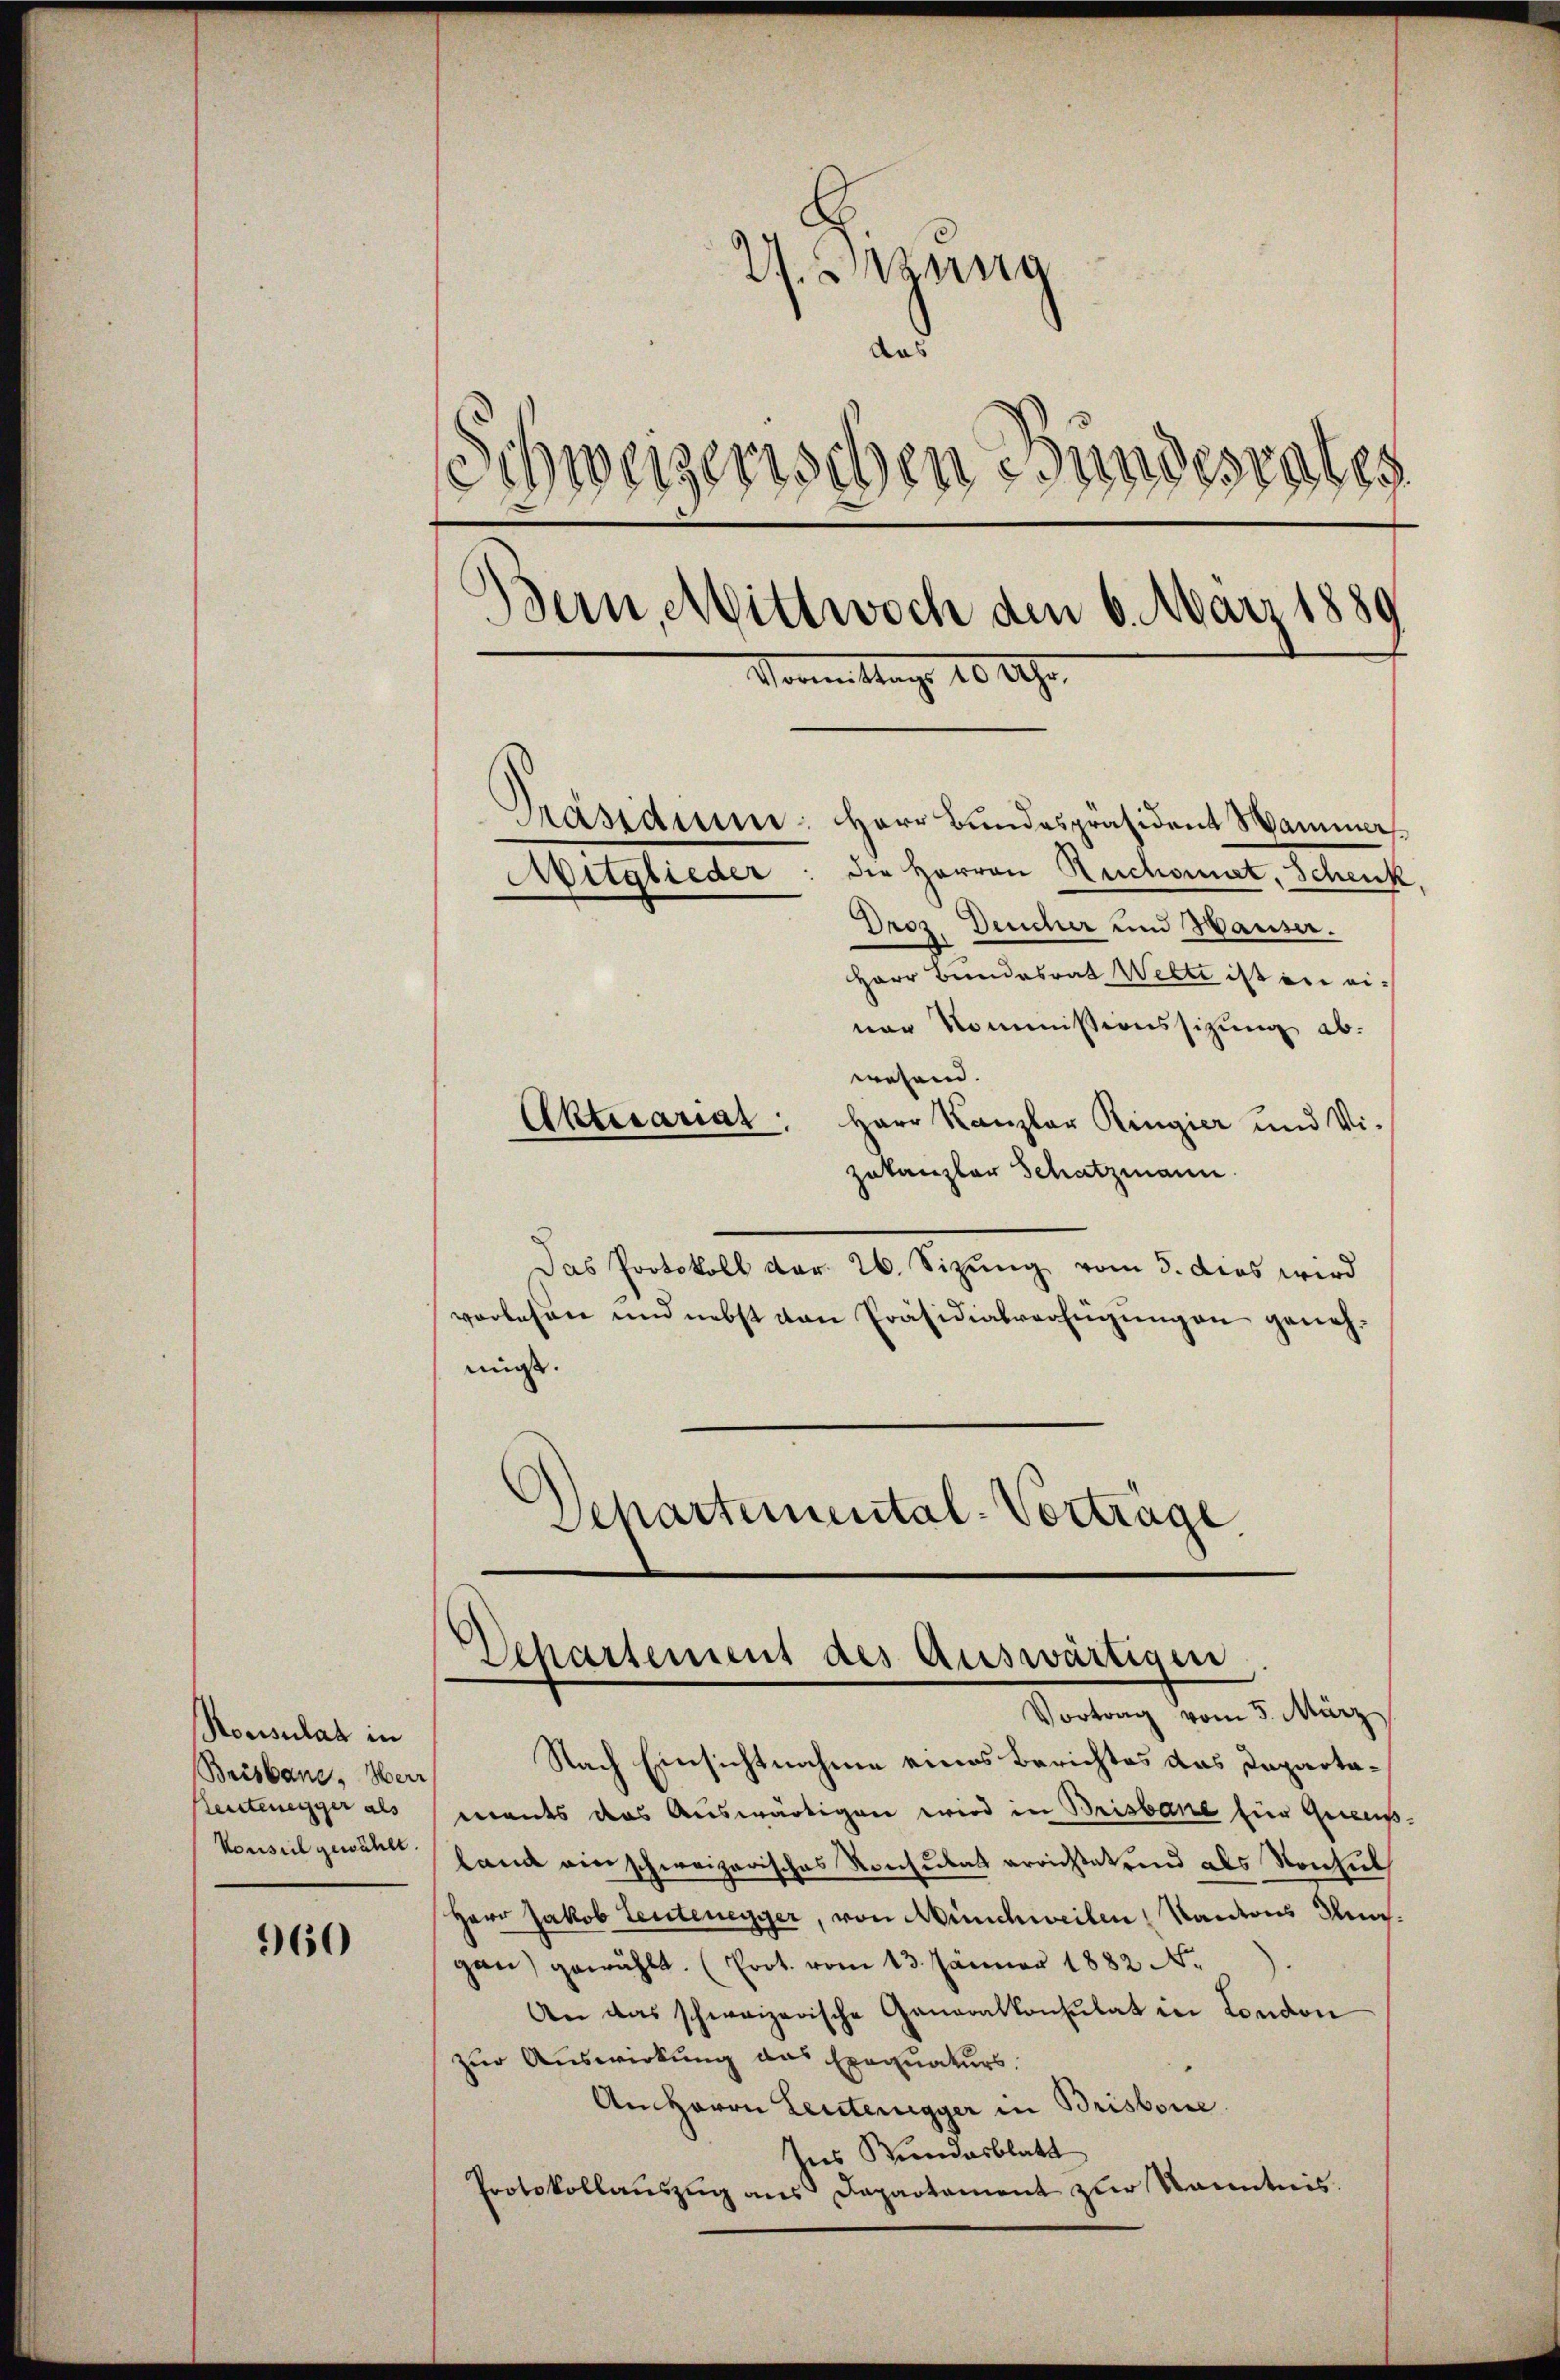
Konsulat in
Beisbaue, Herr
Reutenegger als
Konseil gewählt.

960

V.Stzung
ad
Schweizerischen Bundesrates
Bern Mittwoch den 6. März 1880
Sonnen Mange 10 Uhr.
Präsidium: Herr Bundespräsident Hammer
Mitglieder: die Herren Ruchonnet, Schenk
Droz. Deucher und Hauser.

Herr Bundesrat Welti ist ein einer Kommissionssitzung ab.
wesend. |
Aktesariat: Herr Kanzler Ringier und Vi-
zukanzler Schatzmann
Das Protokoll der 26. Sizung vom 5. dies wird
vorlesen und nebst von Präsidialverfügungen genehmigt.
Departemental-Vorträge

Nach Einsichtnahme eines Berichtes das Departaments das Auswärtigen wird in Brisbare für Gewißland einschweizerisches Konsulat errichteten als Konsul
Herr Jakob Leutenegger, von Münchweilen, Kantons Inngan) gewählt. (Prot. vom 13. Jänner 1882 N.
An das schweizerische Generalkonsulat in London
zur Auswirkung das Exequaturs.
An Herrn Leuternegger in Brisbone.
Ins Stundesblatt
Protokollauszug aus Departament zur Kenntnis.

Dehartement des Auswärtigen
Vortrag vom 5. März